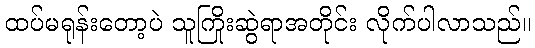
ထပ်မရုန်းတော့ပဲ သူကြိုးဆွဲရာအတိုင်း လိုက်ပါလာသည်။